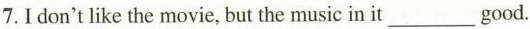
7.I don't like the movie,but the music in it___good.